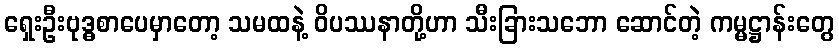
ရှေးဦးဗုဒ္ဓစာပေမှာတော့ သမထနဲ့ ဝိပဿနာတို့ဟာ သီးခြားသဘော ဆောင်တဲ့ ကမ္မဋ္ဌာန်းတွေ